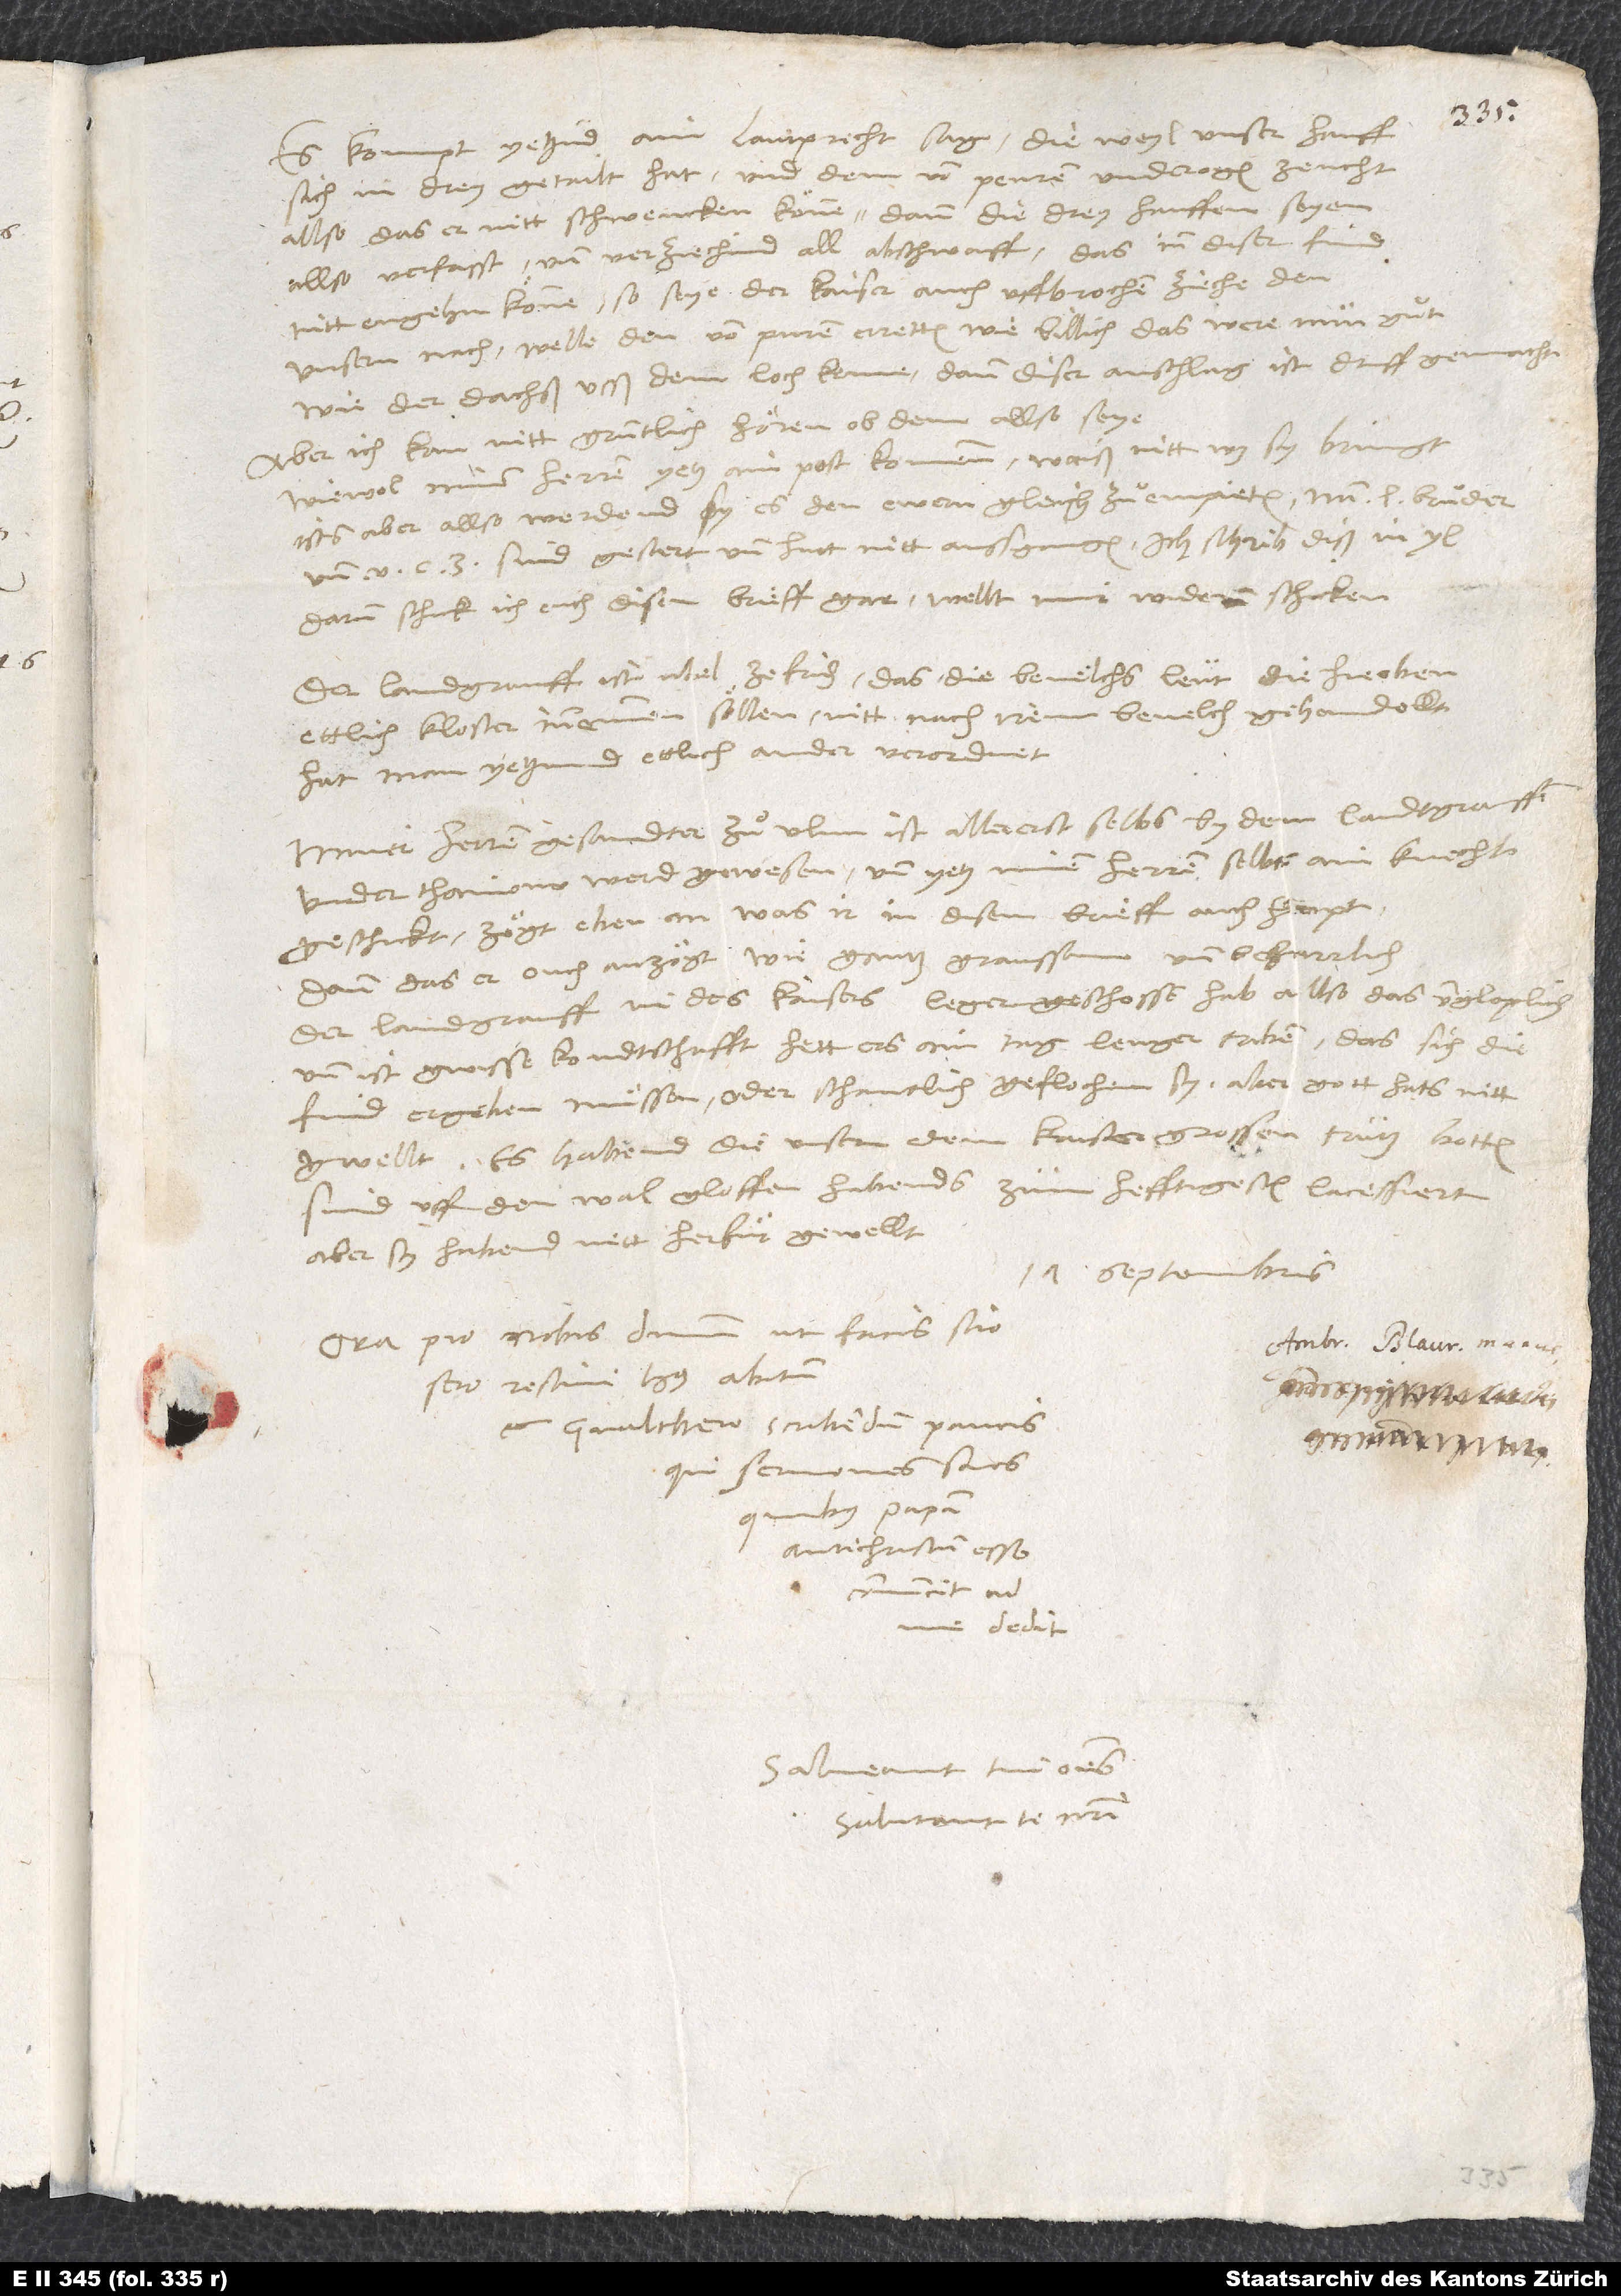
Es kompt yetzund ain lautprecht sag: Dieweyl unser hauff
sich in drey getailt hat und dem von Peuren under ogen zeucht,
allso das er nitt schwencken koͤnne (dann die drey hauffen seyen
allso verfasst und verziechind all abschwaiff, das inn diser find
nitt engehn koͤnne), so seye der kaiser auch uffbrochen, ziehe den
unsern nach, welle den von Puren erretten, wie billich. Das were nun guͦt,
Aber ich kan nitt gruntlich hoͤren, ob dem allso seye,
wiewol minen herren yetz ain post kommen. Waiß nitt, was sy bringt.
Ists aber allso, werdend sy es den ewern gleich zuͦempieten. Min l sind
Darum schick ich euch disen brieff gar. Wellt mir widerum schicken.
Der landgrauff ist ubel zefriden, das die bevelchsleut, die hie oben
ettlich kloster innemmen soͤllen, nitt nach irem bevelch gehandellt.
Hat man yetzund ettlich ander verordnet.
Miner herren gesandter zuͦ Ulm ist allererst selbs by dem landtgrauffen
under Thainowerd gewesen, und yetz minen herren selbs ain knecht
geschickt. Zoͤgt eben an, was ir in disem brieff auch hapt.
Dann das er ouch anzoͤgt, wie gantz graussam und beharrlich
der landgrauff in des kaisers leger geschossen hab, allso das ungloplich.
Und ist gwisse kondtschafft, hett ers ain tag lenger triben, das sich die
find ergeben muͤssen oder schantlich geflochen sy. Aber gott hats nitt
gewellt. Es habend die unsern dem kaiser grossen trutz botten.
Sind uff den wal gloffen. Habends zum hefftigesten lacessiert.
Aber sy habend nitt herfur gewellt.
17. septembris.
Ora pro nobis dominum, ut facis scio.
Sero rescivi huius abitum,
et Gvalthero scribendum paucis,
qui sermones suos,
quibus papam
antichristum esse
convincit, ad
me dedit.
Salveant tui omnes.
Salutant te nostri.